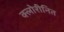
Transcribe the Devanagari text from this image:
क्लोरीनित